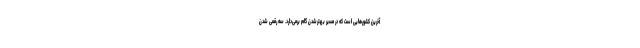
آخرین کشورهایی است که در مسیر بهترشدن گام برمی‌دارد. سه رقمی شدن